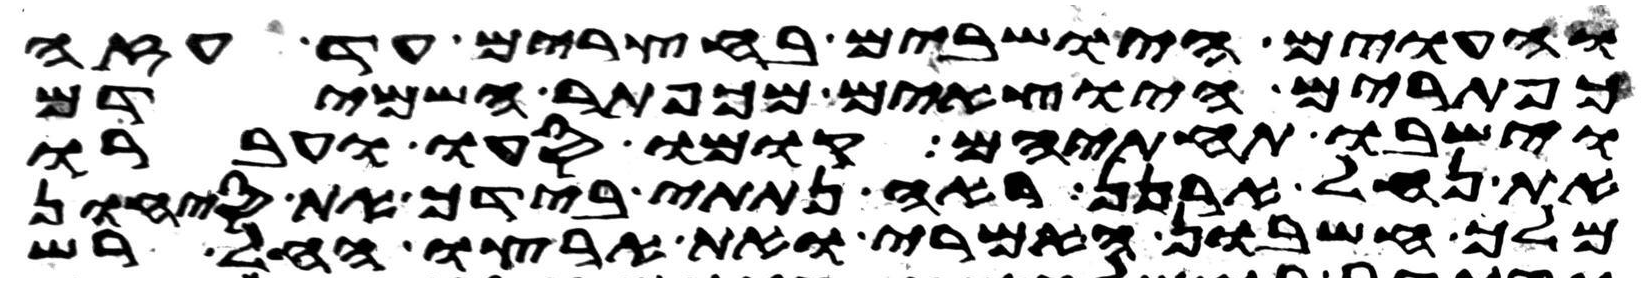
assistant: והעוים הישבים בחצרים עד עזה
כפתרים היוצאים מכפתר השמידם
וישבו תחתם קומו סעו ועברו
את נחל ארנן ראה נתתי בידך את סיחון
מלך חשבון האמרי ואת ארצו החל רש